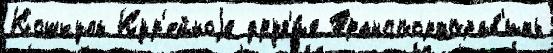
Кошкуль Кур'ейноjе друг'и́е Транспортправ'ить